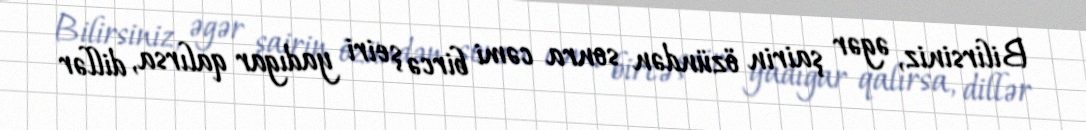
Bilirsiniz, əgər şairin özündən sonra cəmi bircə şeiri yadıgar qalırsa, dillər